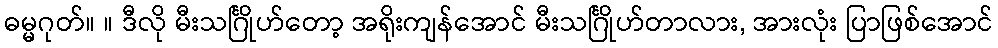
ဓမ္မဂုတ်။ ။ ဒီလို မီးသင်္ဂြိုဟ်တော့ အရိုးကျန်အောင် မီးသင်္ဂြိုဟ်တာလား, အားလုံး ပြာဖြစ်အောင်